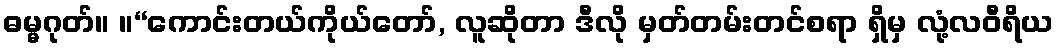
ဓမ္မဂုတ်။ ။“ကောင်းတယ်ကိုယ်တော်, လူဆိုတာ ဒီလို မှတ်တမ်းတင်စရာ ရှိမှ လုံ့လဝီရိယ